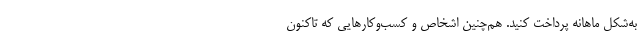
به‌شکل ماهانه پرداخت کنید. هم‌چنین اشخاص و کسب‌وکارهایی که تاکنون